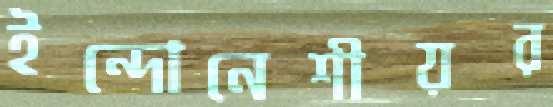
ইন্দোনেশীয়র